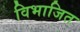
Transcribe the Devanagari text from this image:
विभाजित